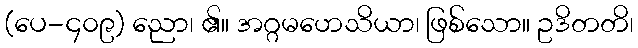
(ပေ-၄၀၉) ညော၊ ၏။ အဂ္ဂမဟေသိယာ၊ ဖြစ်သော။ ဥဒိတတိ၊